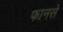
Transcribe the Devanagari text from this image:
फानसे